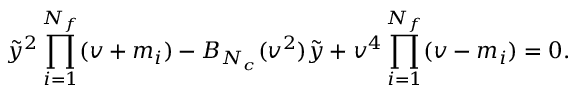
\tilde { y } ^ { 2 } \prod _ { i = 1 } ^ { N _ { f } } ( v + m _ { i } ) - B _ { N _ { c } } ( v ^ { 2 } ) \tilde { y } + v ^ { 4 } \prod _ { i = 1 } ^ { N _ { f } } ( v - m _ { i } ) = 0 .